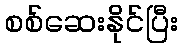
စစ်ဆေးနိုင်ပြီး